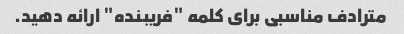
مترادف مناسبی برای کلمه "فریبنده" ارائه دهید.